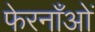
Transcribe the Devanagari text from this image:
फेरनाँओं